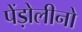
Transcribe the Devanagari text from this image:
पेंड़ोलीनो